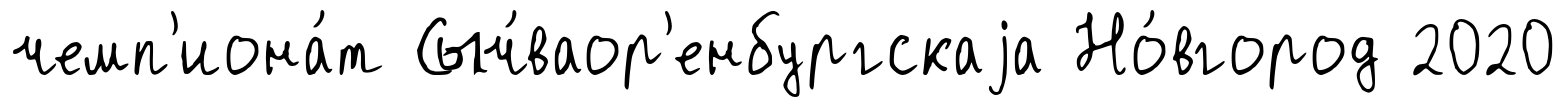
чемп'иона́т Сыч́ваор'енбургскаjа Но́вгород 2020